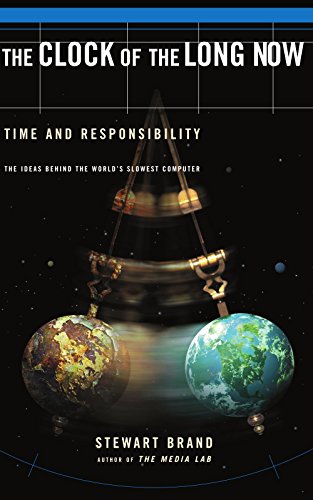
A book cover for The Clock Of The Long Now: Time and Responsibility; Stewart Brand; Politics & Social Sciences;